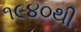
૧૯૪૦થી